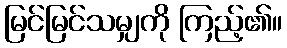
မြင်မြင်သမျှကို ကြည့်၏။